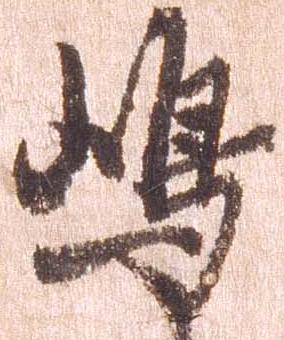
島